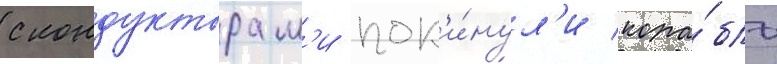
с кондукторам'и пок'и́нул'и кора́бль